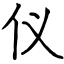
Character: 仪